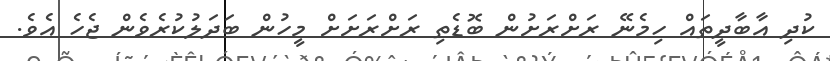
ކުދި އާބާދީތައް ހިމެނޭ ރަށްރަށުން ބޮޑެތި ރަށްރަށަށް މީހުން ބަދަލުކުރެވެން ޖެހެ އެވެ.